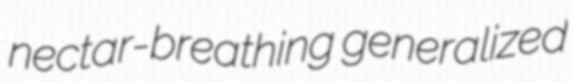
nectar-breathing generalized